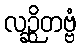
လဉ္ဆိတဗ္ဗံ